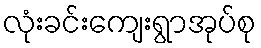
လုံးခင်းကျေးရွာအုပ်စု